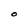
Character: O